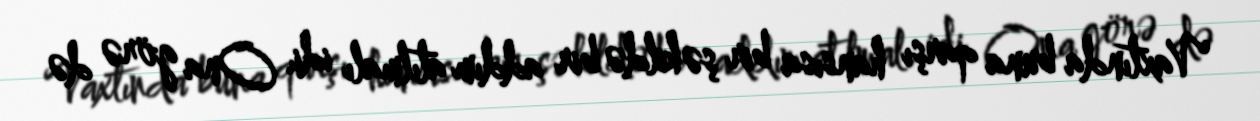
Vaxtında buna qarşı hansısa bir şəkildə bir addım atılmalı idi. Ona görə də